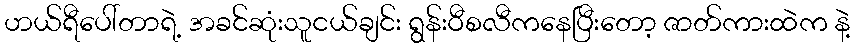
ဟယ်ရီပေါ်တာရဲ့ အခင်ဆုံးသူငယ်ချင်း ရွန်းဝီစလီကနေပြီးတော့ ဇာတ်ကားထဲက နဲ့